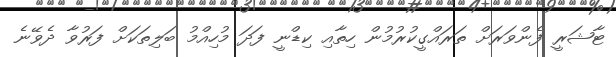
ޓާޝަރީ ފެންވަރަށް ތަރައްގީކުރުމުން ހިތާއި ކިޑްނީ ފަދަ މުހިއްމު ބަލިތަކަށް ފަރުވާ ދެވޭނެ